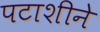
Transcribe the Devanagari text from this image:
पटाशीने